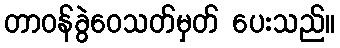
တာဝန်ခွဲဝေသတ်မှတ် ပေးသည်။